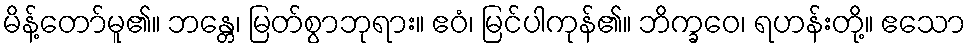
မိန့်တော်မူ၏။ ဘန္တေ၊ မြတ်စွာဘုရား။ ဧဝံ၊ မြင်ပါကုန်၏။ ဘိက္ခဝေ၊ ရဟန်းတို့။ ဧသော